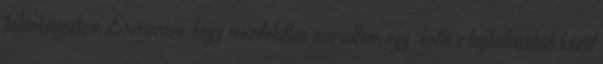
falánkságukra. Észrevéve, hogy mozdulatlan maradtam, egy-kettő a legbátrabbak közül